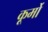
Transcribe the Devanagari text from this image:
कूर्मो